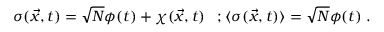
\sigma ( \vec { x } , t ) = \sqrt { N } \phi ( t ) + \chi ( \vec { x } , t ) \; \; \; ; \langle \sigma ( \vec { x } , t ) \rangle = \sqrt { N } \phi ( t ) \; .